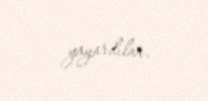
yayardılar.